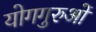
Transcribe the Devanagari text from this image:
योगगुरुओं